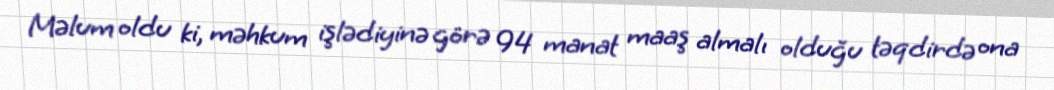
Məlum oldu ki, məhkum işlədiyinə görə 94 manat maaş almalı olduğu təqdirdə ona